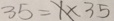
3 5 = X \times 3 5